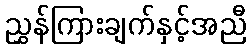
ညွှန်ကြားချက်နှင့်အညီ